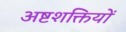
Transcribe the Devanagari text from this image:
अष्टशक्तियों